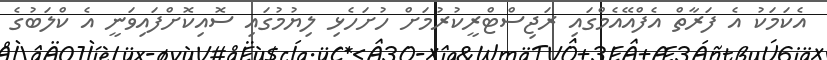
އެކަމަކު އެ ފަރާތް އެފްއޭއެމްގައި ރަޖިސްޓްރީކުރުމަށް ހުށަހެޅި ލިޔުމުގައި ސޮއިކޮށްފައިވަނީ އެ ކްލަބުގެ